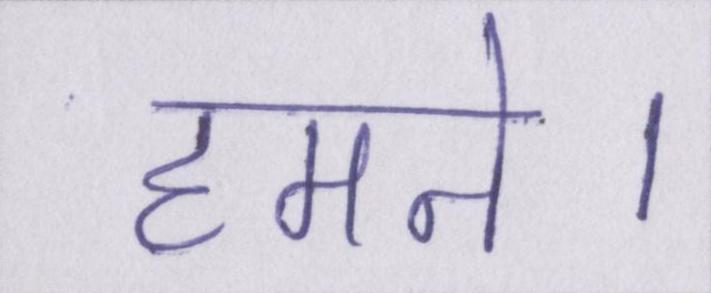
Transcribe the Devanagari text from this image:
हमने।